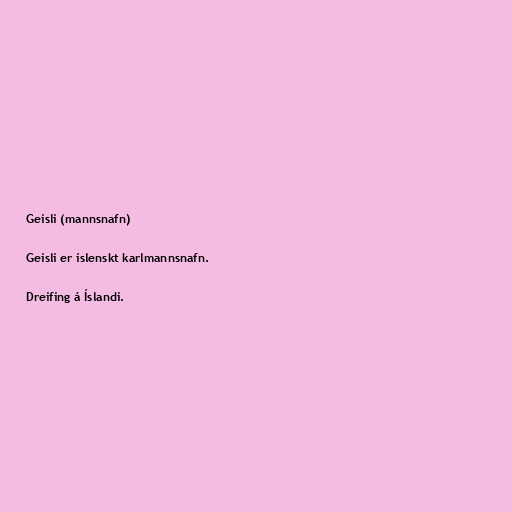
Geisli (mannsnafn)

Geisli er íslenskt karlmannsnafn.

Dreifing á Íslandi.